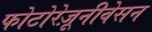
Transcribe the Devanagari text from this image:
फोटोरेज़ूनीवेसन